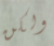
ولكن